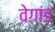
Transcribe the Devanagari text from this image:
वेगांड